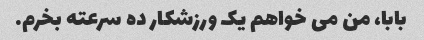
بابا، من می خواهم یک ورزشکار ده سرعته بخرم.